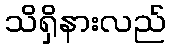
သိရှိနားလည်